Report on the cholera epidemic of
Year: 1868
Disease focus: Cholera
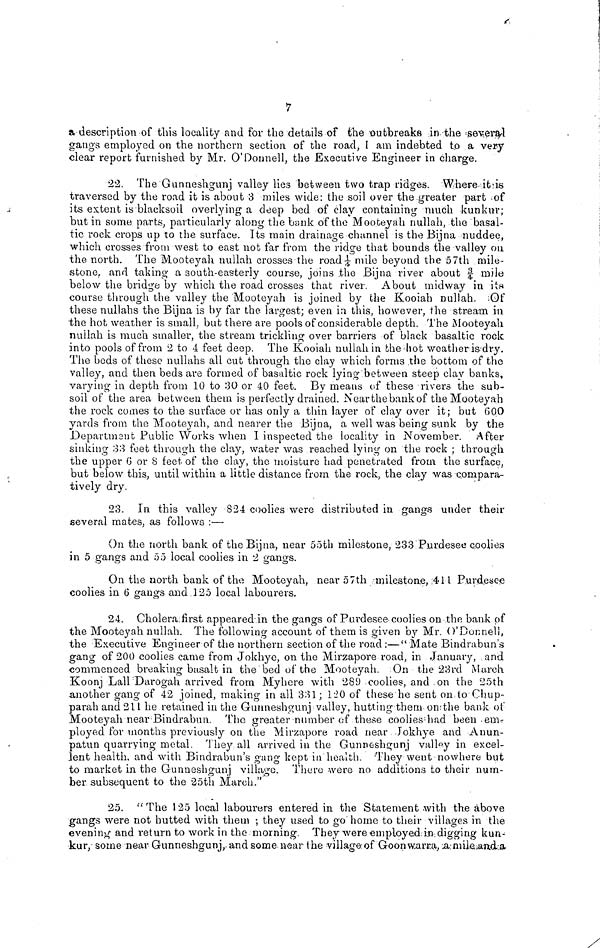
7
a description of this locality and for the details of the outbreaks in the several
gangs employed on the northern section of the road, I am indebted to a very
clear report furnished by Mr. O'Donnell, the Executive Engineer in charge.
22. The Gunneshgunj valley lies between two trap ridges. Where it is
traversed by the road it is about 3 miles wide: the soil over the greater part of
its extent is blacksoil overlying a deep bed of clay containing much kunkur;
but in some parts, particularly along the bank of the Mooteyah nullah, the basal-
tic rock crops up to the surface. Its main drainage channel is the Bijna nuddee,
which crosses from west to east not far from the ridge that bounds the valley on
the north. The Mooteyah nullah crosses the road ¼ mile beyond the 57th mile-
stone, and taking a south-easterly course, joins the Bijna river about ¾ mile
below the bridge by which the road crosses that river. About midway in its
course through the valley the Mooteyah is joined by the Kooiah nullah. Of
these nullahs the Bijna is by far the largest; even in this, however, the stream in
the hot weather is small, but there are pools of considerable depth. The Mooteyah
nullah is much smaller, the stream trickling over barriers of black basaltic rock
into pools of from 2 to 4 feet deep. The Kooiah nullah in the hot weather is dry.
The beds of these nullahs all cut through the clay which forms the bottom of the
valley, and then beds are formed of basaltic rock lying between steep clay banks,
varying in depth from 10 to 30 or 40 feet. By means of these rivers the sub-
soil of the area between them is perfectly drained. Near the bank of the Mooteyah
the rock comes to the surface or has only a thin layer of clay over it; but 600
yards from the Mooteyah, and nearer the Bijna, a well was being sunk by the
Department Public Works when 1 inspected the locality in November. After
sinking 33 feet through the clay, water was reached lying on the rock ; through
the upper 6 or 8 feet of the clay, the moisture had penetrated from the surface,
but below this, until within a little distance from the rock, the clay was compara-
tively dry.
23. In this valley 824 coolies were distributed in gangs under their
several mates, as follows :—
On the north bank of the Bijna, near 55th milestone, 233 Purdesee coolies
in 5 gangs and 55 local coolies in 2 gangs.
On the north bank of the Mooteyah, near 57th milestone, 411 Purdesee
coolies in 6 gangs and 125 local labourers.
24. Cholera first appeared in the gangs of Purdesee coolies on the bank of
the Mooteyah nullah. The following account of them is given by Mr. O'Donnell,
the Executive Engineer of the northern section of the road :—" Mate Bindrabun's
gang of 200 coolies came from Jokhye, on the Mirzapore road, in January, and
commenced breaking basalt in the bed of the Mooteyah. On the 23rd March
Koonj Lall Darogah arrived from Myhere with 289 coolies, and on the 25th
.another gang of 42 joined, making in all 331 ; 120 of these he sent on to Chup-
parahand211 he retained in the Gunneshgunj valley, hutting them on the bank of
Mooteyah near Bindrabun. The greater number of these coolies hud been em-
ployed for months previously on the Mirzapore road near Jokhye and Anun-
patun quarrying metal. They all arrived in the Gunneshgunj valley in excel-
lent health, and with Bindrabun's gang kept in health. They went nowhere but
to market in the Gunneshgunj village. There were no additions to their num-
ber subsequent to the 25th March."
25. "The 125 local labourers entered in the Statement with the above
gangs were not hutted with them ; they used to go home to their villages in the
evening and return to work in the morning. They were employed in digging kun-
kur, some near Gunneshgunj, and some near the village of Goon warra, a mile and a